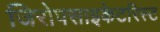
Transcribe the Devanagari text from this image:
जिरोपसाइकेटरिस्ट